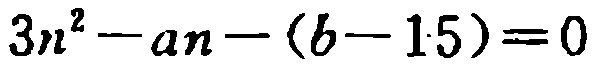
\(3n^{2}-an-(b - 15)=0\)